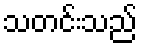
သတင်းသည်